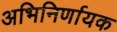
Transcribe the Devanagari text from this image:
अभिनिर्णायक